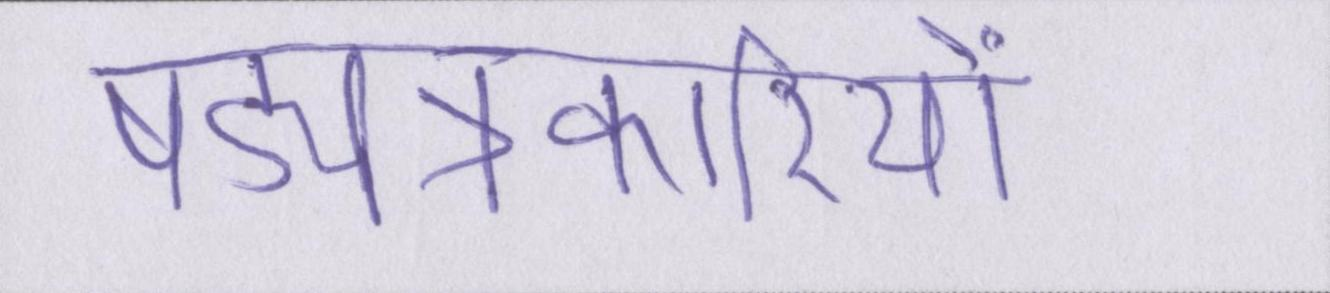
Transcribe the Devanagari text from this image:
षड्यंत्रकारियों